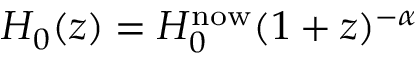
H _ { 0 } ( z ) = H _ { 0 } ^ { \mathrm { n o w } } ( 1 + z ) ^ { - \alpha }